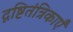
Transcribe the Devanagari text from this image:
दृष्टितंत्रिकाएँ